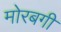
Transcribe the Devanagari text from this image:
मोरबगी